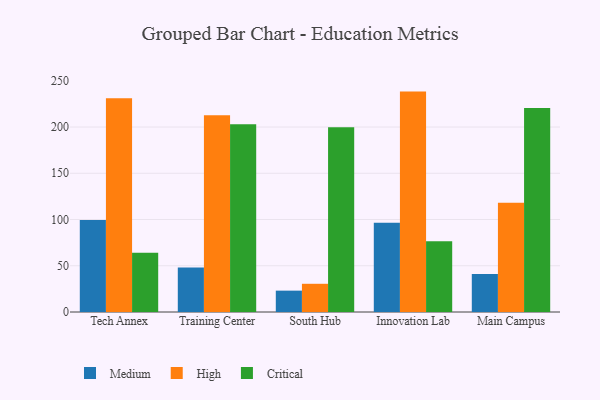
{"axis": {"x": "Campus", "y": "Humidity (%)"}, "legend": ["Critical", "High", "Medium"], "data": [{"x": "Tech Annex", "y": 99.5, "type": "Medium"}, {"x": "Tech Annex", "y": 231.2, "type": "High"}, {"x": "Tech Annex", "y": 64.1, "type": "Critical"}, {"x": "Training Center", "y": 48.1, "type": "Medium"}, {"x": "Training Center", "y": 212.6, "type": "High"}, {"x": "Training Center", "y": 202.9, "type": "Critical"}, {"x": "South Hub", "y": 23.1, "type": "Medium"}, {"x": "South Hub", "y": 30.5, "type": "High"}, {"x": "South Hub", "y": 199.7, "type": "Critical"}, {"x": "Innovation Lab", "y": 96.6, "type": "Medium"}, {"x": "Innovation Lab", "y": 238.3, "type": "High"}, {"x": "Innovation Lab", "y": 76.5, "type": "Critical"}, {"x": "Main Campus", "y": 41.2, "type": "Medium"}, {"x": "Main Campus", "y": 118.1, "type": "High"}, {"x": "Main Campus", "y": 220.5, "type": "Critical"}]}